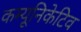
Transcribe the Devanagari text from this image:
कम्यूनिकेटिव